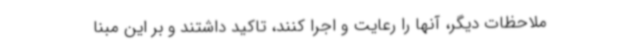
ملاحظات دیگر، آنها را رعایت و اجرا کنند، تاکید داشتند و بر این مبنا